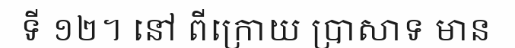
ទី ១២។ នៅ ពីក្រោយ ប្រាសាទ មាន